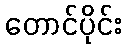
တောင်ပိုင်း